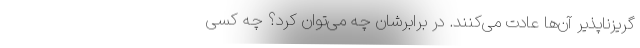
گریزناپذیرِ آن‌ها عادت می‌کنند. در برابرشان چه می‌توان کرد؟ چه کسی